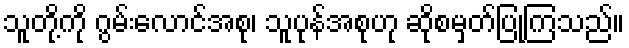
သူတို့ကို ဂွမ်းလောင်အစု၊ သူပုန်အစုဟု ဆိုစမှတ်ပြုကြသည်။